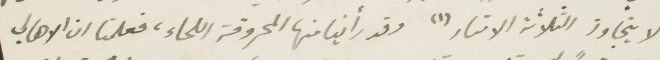
لا يتجاوز الثلانة الأمتار (١) وقد رأينا منها المحروقة اللحاء، فعلمنا ان الأهالي